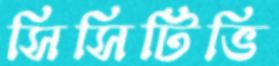
সিসিটিভি